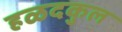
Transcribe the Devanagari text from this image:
हळदकुल